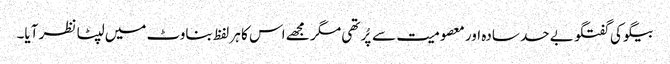
بیگو کی گفتگو بے حد سادہ اور معصومیت سے پُر تھی مگر مجھے اس کا ہر لفظ بناوٹ میں لپٹا نظر آیا۔